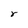
Character: r